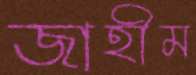
জাহীম